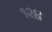
૧૨૪